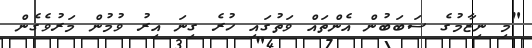
"މި ނިޒާމުގެ ސަބަބުން އެންތައް ވަތުގައި ހުރެ ގިނަ އިރު ވުމުން މަރުވެގެން